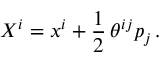
X ^ { i } = x ^ { i } + \frac { 1 } { 2 } \, \theta ^ { i j } p _ { j } \, .